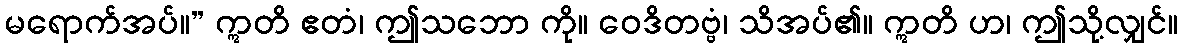
မရောက်အပ်။” ဣတိ ဧတံ၊ ဤသဘော ကို။ ဝေဒိတဗ္ဗံ၊ သိအပ်၏။ ဣတိ ဟ၊ ဤသို့လျှင်။